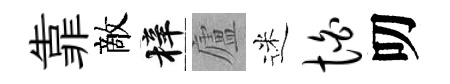
靠敵梓廬迷怕叨